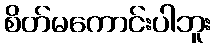
စိတ်မကောင်းပါဘူး